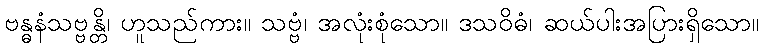
ဗန္ဓနံသဗ္ဗန္တိ၊ ဟူသည်ကား။ သဗ္ဗံ၊ အလုံးစုံသော။ ဒသဝိဓံ၊ ဆယ်ပါးအပြားရှိသော။